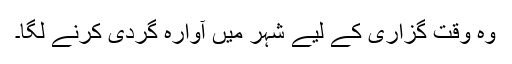
وہ وقت گزاری کے لیے شہر میں آوارہ گردی کرنے لگا۔